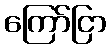
ကြော်ငြာ